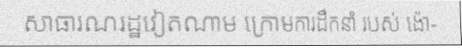
សាធារណរដ្ឋវៀតណាម ក្រោមការដឹកនាំ របស់ ង៉ោ-